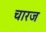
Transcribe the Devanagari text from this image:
चारज